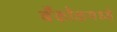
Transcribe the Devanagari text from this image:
बँकॉकमध्ये